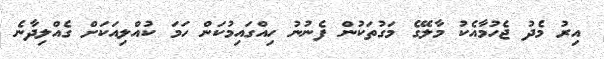
އިރު މެދު ޖެހުމާއެކު މާލޭގެ މަގުތަކުން ފެނުނު ހިއްގައިމުކަން ހަމަ ކުއްލިއަކަށް ގެއްލިދާނެ